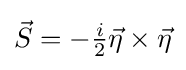
{\vec {S}}=-{\tfrac {i}{2}}{\vec {\eta }}\times {\vec {\eta }}